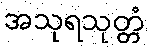
အသုရသုတ္တံ